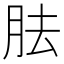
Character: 胠